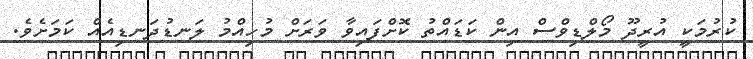
ކުރުމަކީ އުރީދޫ މޯލްޑިވްސް އިން ކަޑައްތު ކޮށްފައިވާ ވަރަށް މުހިއްމު ލަނޑުދަނޑިއެއް ކަމަށެވެ.